Report on the Civil Veterinary Department, Eastern Bengal and Assam - 1907-1911
Year: 1907
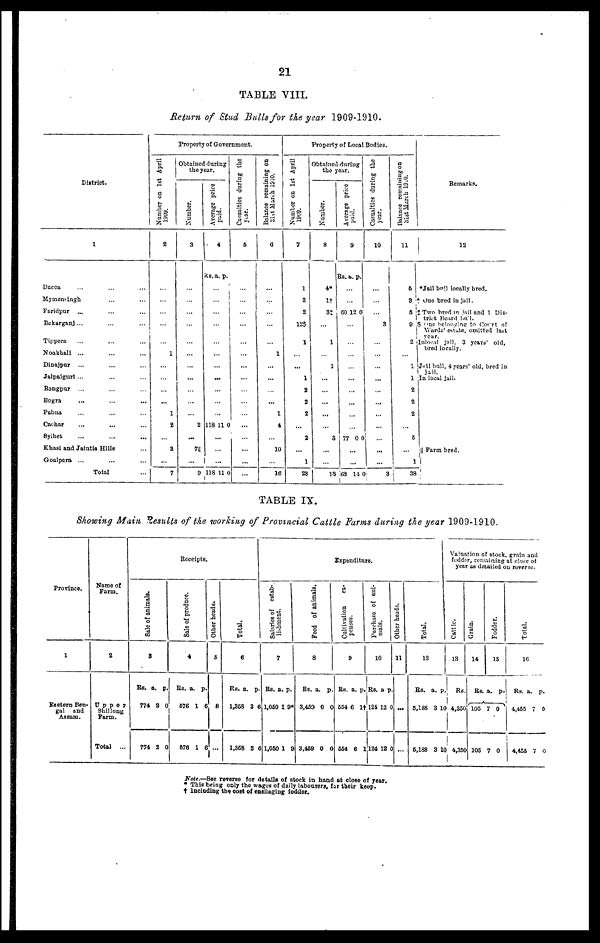
21
TABLE VIII.
Return of Stud Bulls for ths year 1909-1910.
District.
1
Dacca … … …
Mymensingh … …
Faridpur ... … …
Bukarganj ... … …
Tippera … … …
Noakhall ... … …
Dinajpur ... … …
Jalpalguri ... … …
Rangpur
... … …
Bogra … … …
Pabna … … …
Cachar … … …
Sylhet … … …
Khasi and Jaintis Hilla …
Goalpara ... … …
Total …
Property of Government.
Number on 1st April
2
…
…
…
…
…
1
…
…
…
...
1
2
…
3
…
7
Obtained during
the year.
Number.
3
…
…
…
…
…
...
...
…
…
…
2
...
7||
…
9
Average price
paid.
4
Rs. a. p.
…
...
...
…
…
…
...
...
…
…
…
118 11 0
…
…
...
118 11 0
Casualties during the
year.
5
…
…
…
…
…
…
…
…
…
...
…
…
…
...
Balance remaining on
31st
March 1910
6
…
…
…
1
...
…
…
…
1
4
…
10
…
16
Property of Local Bodies.
Number on 1st April
7
1
2
2
12$
1
...
...
1
2
2
2
…
2
…
1
28
Obtained during
the year.
Number.
8
4*
1†
3‡
…
1
…
1
…
…
…
...
…
3
...
…
13
Average price
paid.
9
Rs. a. p.
…
…
60 12 0
…
…
…
…
…
…
...
…
…
77 0 0
…
…
63 14
Casualties during the
year.
10
...
…
…
3
…
…
…
…
…
...
…
…
...
...
… 3
Balance remaining on
31st March 1910.
11
6
3
5
9
2
…
1
1
2
2
2
…
6
…
1
38
Remarks.
12
*Jail bull locally bred.
† One bred in jail.
‡ Two bred in jail and 1 Dis-
trict Board bull.
$ One belonging to Court of
Wards' estate, omitted last
year.
Inlocal jail, 3 years' old.
bred locally.
Jail bull, 4 years' old, bred in
In local jail.
|| Farm bred.
TABLE IX.
Showing Main Results of the working of Provincial Cattle Farms during the year 1909-1910.
Province.
1
Eastern Ben-
gal
and
Assam.
Name of
Farm.
2
Upper
Shillong
Farm.
Total
...
Receipts.
Sale of animals.
3
RS. a. p.
774 2 0
774 2 0
Sale of produce.
4
Rs. a. p.
576 1 6
576 1 6
Other heads.
5
8
...
Total.
6
Rs. a. p.
1,368 3 6
1,358 3 6
Salaries of estab-
lishment.
7
Rs. a. p.
1,050 1 9*
1,050 1 9*
Feed of animals.
8
Rs. a. p.
3,459 0 0
3,459 0 0
Cultivation
ex-
penses.
9
Rs. a. p.
554 6 1†
554 6 1†
Purchase of ani-
mals.
10
Rs. a p
124 12 0
124 12 0
Other heads.
11
...
...
Total.
12
Rs. a. p
5,188 3 1
5,188 3 1
Valuation of stock, grain and
fodder, remaining at close of
year as detailed on reverse.
Cattle.
13
Rs.
4,350
4,350
Grain.
14
Rs.
105
105
Fodder.
15
a. p.
7 0
7 0
Total.
16
Rs. a. p.
4,455 7 0
4,455 7 0
Note.—See reverse for details of stock in hand at close of year.
* This being only the wages of daily labourers, for their keep.
† Including the cost of ensilaging fodder.